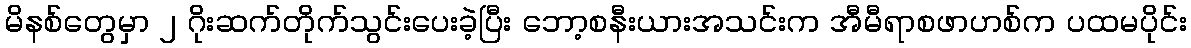
မိနစ်တွေမှာ ၂ ဂိုးဆက်တိုက်သွင်းပေးခဲ့ပြီး ဘော့စနီးယားအသင်းက အီမီရာစဖာဟစ်က ပထမပိုင်း